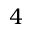
4